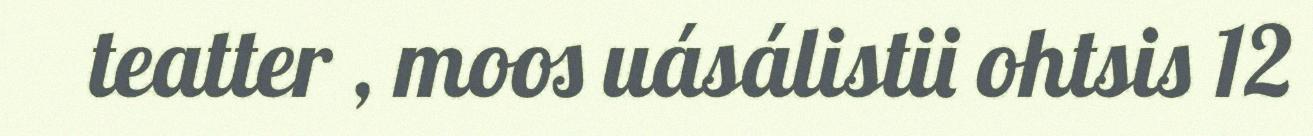
teatter , moos uásálistii ohtsis 12